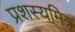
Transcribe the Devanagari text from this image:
प्रशस्यमित्र